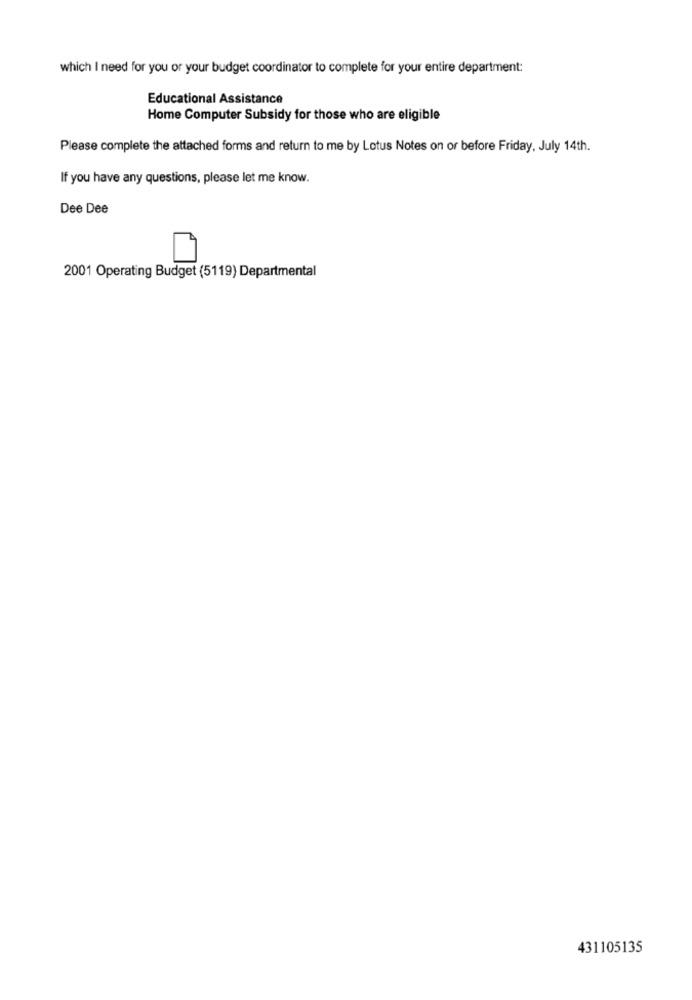
which I need for you or your budget coordinator to complete for your entire department:
Educational Assistance
Home Computer Subsidy for those who are eligible
Please complete the attached forms and return to me by Lotus Notes on or before Friday, July 14th.
If you have any questions, please let me know.
Dee Dee
2001 Operating Budget (5119) Departmental
431105135